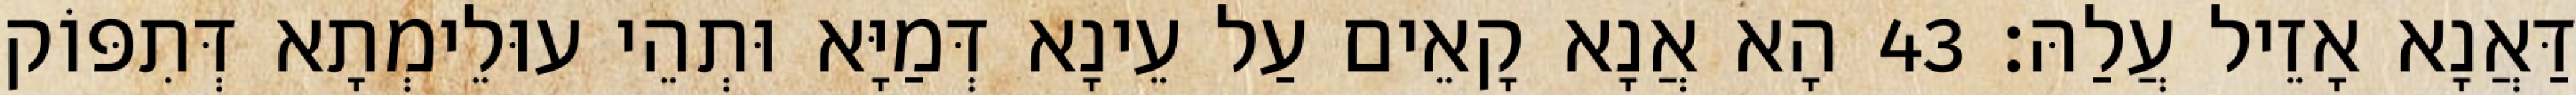
דַּאֲנָא אָזֵיל עֲלַהּ׃ 43 הָא אֲנָא קָאֵים עַל עֵינָא דְּמַיָּא וּתְהֵי עוּלֵימְתָא דְּתִפּוֹק